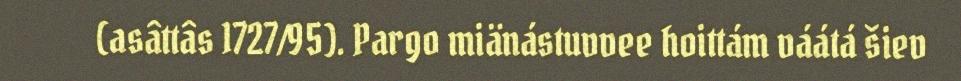
(asâttâs 1727/95). Pargo miänástuvvee hoittám váátá šiev